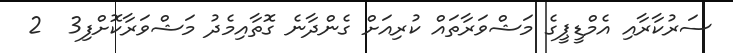
ސަރުކާރާއި އެމްޑީޕީގެ މަޝްވަރާތައް ކުރިއަށް ގެންދާނެ ގޮތާއިމެދު މަޝްވަރާކޮށްފި3  2